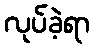
လုပ်ခဲ့ရာ